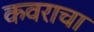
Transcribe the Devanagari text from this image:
कवराचा